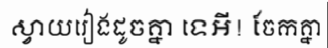
ស្វាយរៀងដូចគ្នា ទេអី! ចែកគ្នា